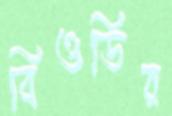
বিওডির